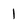
Character: 1